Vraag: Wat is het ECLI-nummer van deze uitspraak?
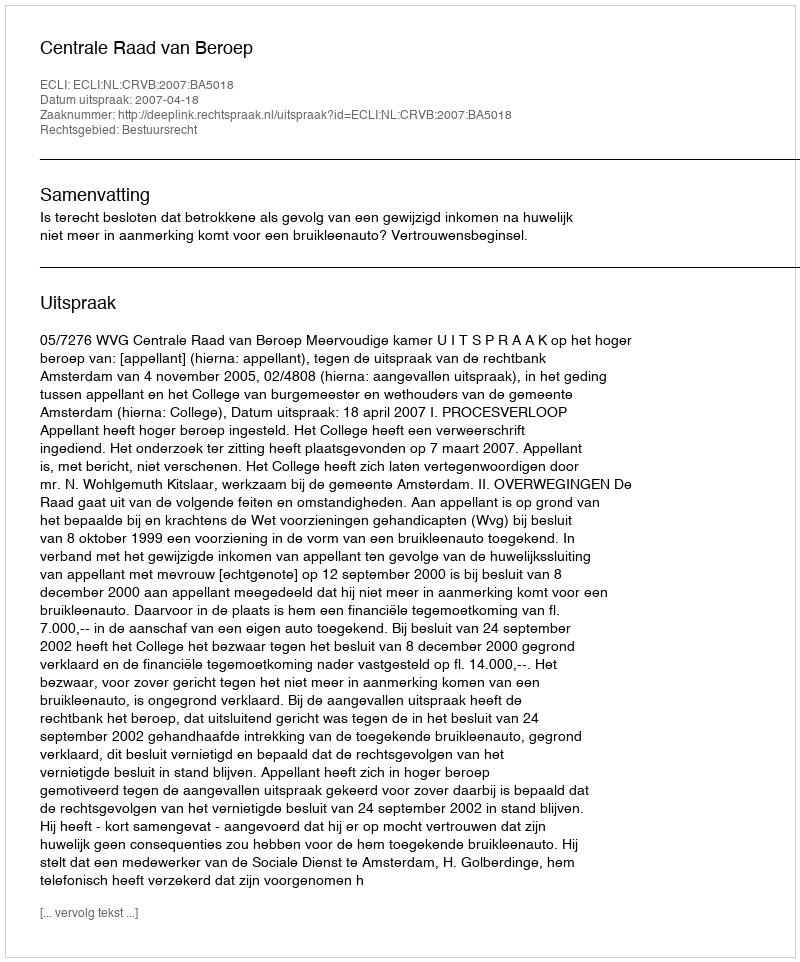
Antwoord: ECLI:NL:CRVB:2007:BA5018